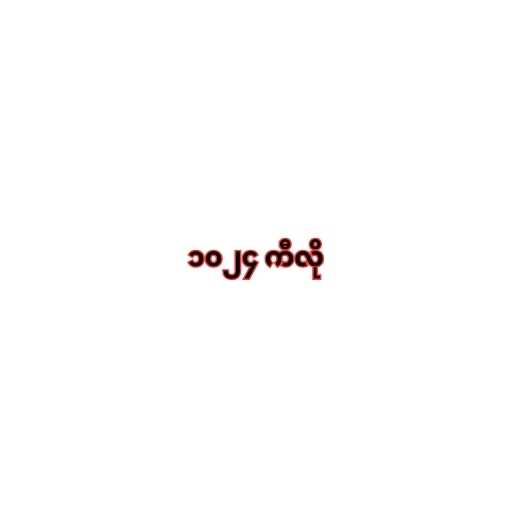
၁၀၂၄ ကီလို